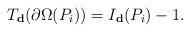
LaTeX: \begin{align*}T_{\textbf{d}}(\partial \Omega (P_i))=I_{\textbf{d}}(P_i)-1 .\end{align*}